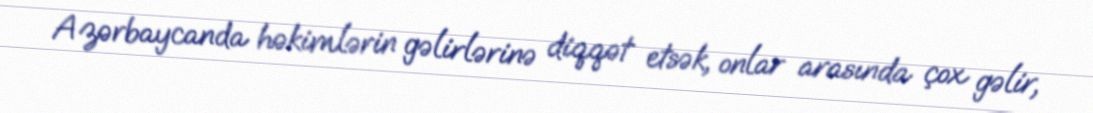
Azərbaycanda həkimlərin gəlirlərinə diqqət etsək, onlar arasında çox gəlir,